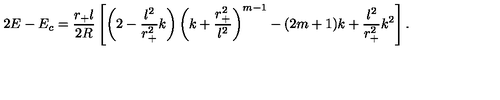
2 E - E _ { c } = \frac { r _ { + } l } { 2 R } \left[ \left( 2 - \frac { l ^ { 2 } } { r _ { + } ^ { 2 } } k \right) \left( k + \frac { r _ { + } ^ { 2 } } { l ^ { 2 } } \right) ^ { m - 1 } - ( 2 m + 1 ) k + \frac { l ^ { 2 } } { r _ { + } ^ { 2 } } k ^ { 2 } \right] .